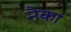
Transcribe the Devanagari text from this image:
नैका